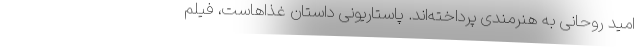
امید روحانی به هنرمندی پرداخته‌اند. پاستاریونی داستان غذاهاست، فیلم